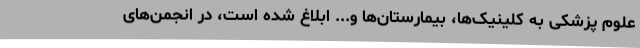
علوم پزشکی به کلینیک‌ها، بیمارستان‌ها و... ابلاغ شده است، در انجمن‌های